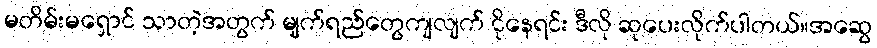
မတိမ်းမရှောင် သာတဲ့အတွက် မျက်ရည်တွေကျလျက် ငိုနေရင်း ဒီလို ဆုပေးလိုက်ပါတယ်။အဆွေ